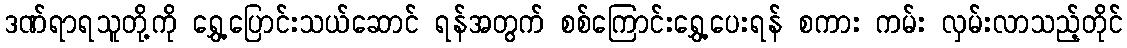
ဒဏ်ရာရသူတို့ကို ရွှေ့ပြောင်းသယ်ဆောင် ရန်အတွက် စစ်ကြောင်းရွှေ့ပေးရန် စကား ကမ်း လှမ်းလာသည့်တိုင်